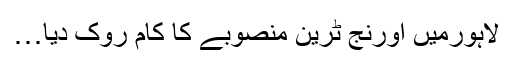
لاہورمیں اورنج ٹرین منصوبے کا کام روک دیا…